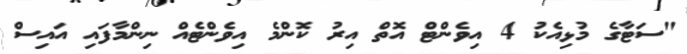
"ސަޓާގެ މުޅިއެކު 4 އިވެންޓް އޮތް އިރު ކޮންމެ އިވެންޓެއް ނިންމާފައި އައިސް